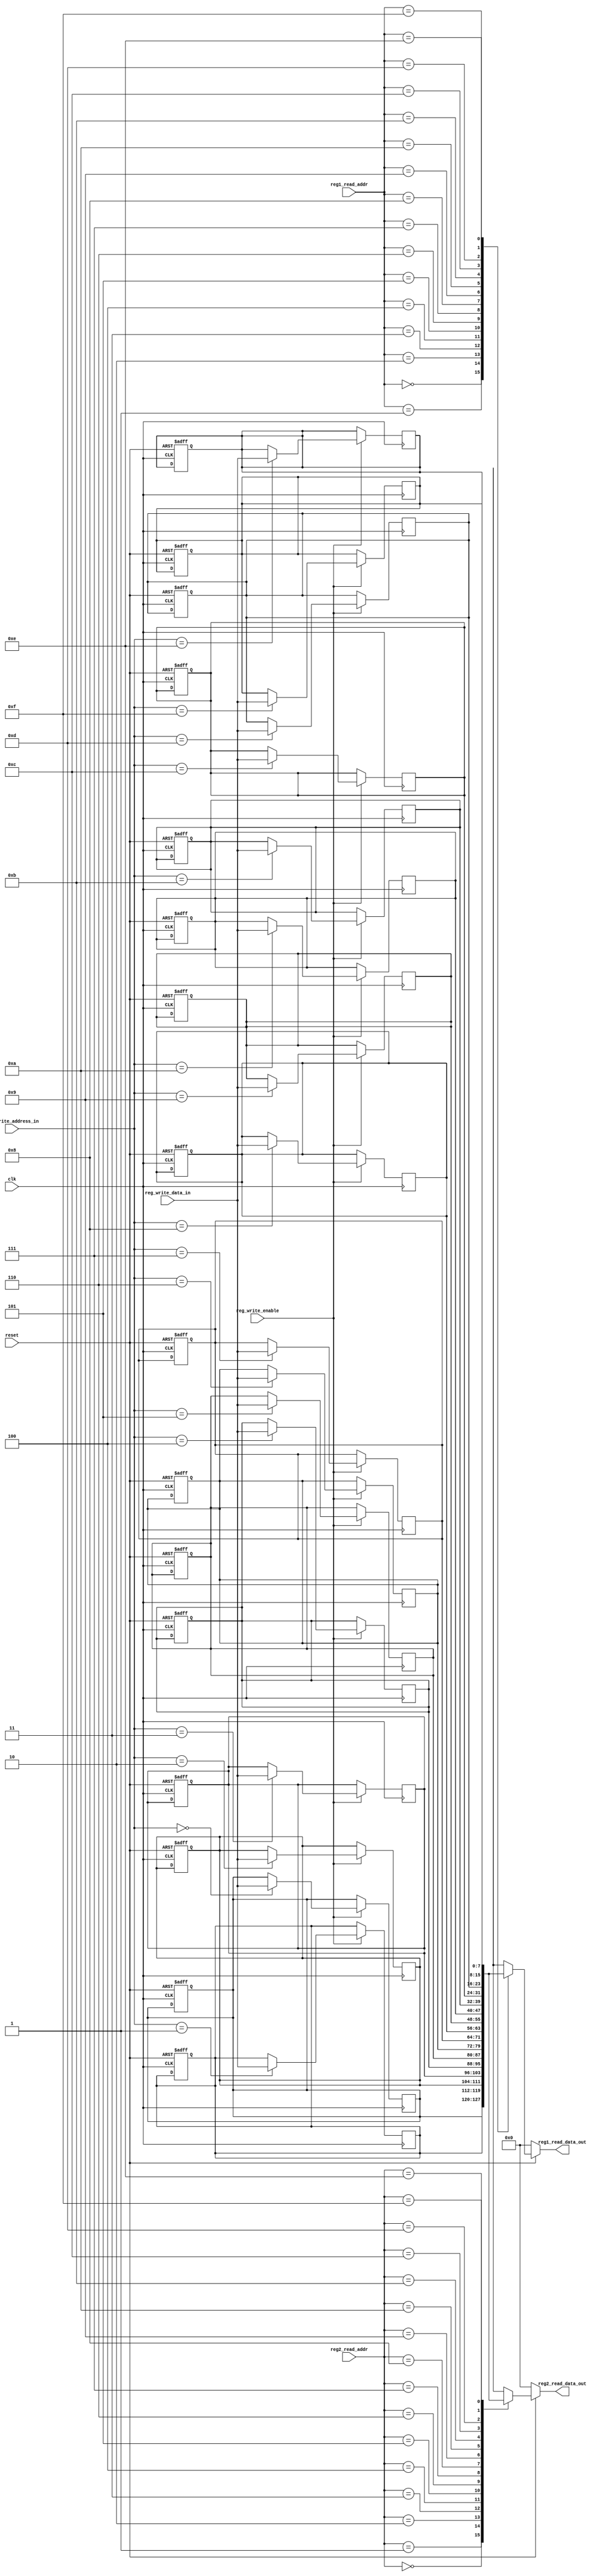
module register_file(
        clk,
        reset,

        // read address
        reg1_read_addr,
        reg2_read_addr,

        // 2 outputs to ALU
        reg1_read_data_out,
        reg2_read_data_out,

        // 1 input from ALU
        reg_write_address_in,
        reg_write_data_in,

        // write enable
        reg_write_enable
    );

    input  clk;
    input  reset;

    input  [3:0] reg1_read_addr; // 4 bits of read address (m = 4)
    input  [3:0] reg2_read_addr; // 4 bits of read address (m = 4)

    input  [3:0] reg_write_address_in; // write address (m = 4)
    input  [7:0] reg_write_data_in; // data to be written ( input)

    input  reg_write_enable;

    output reg [7:0] reg1_read_data_out; // 8 bits of read data (n = 8)
    output reg [7:0] reg2_read_data_out; // 8 bits of read data (n = 8)


    reg [7:0] reg_file [15:0]; // 16 sets of 8bits width register
    integer ii; // loop variable


    /** read operation for reg1 */
    always @(*) begin
        if (!reset)
            reg1_read_data_out <= 8'b0;
        else
            reg1_read_data_out <= reg_file[reg1_read_addr];
    end

    /** read operation for reg2 */
    always @(*) begin
        if (!reset)
            reg2_read_data_out <= 8'b0;
        else
            reg2_read_data_out <= reg_file[reg2_read_addr];
    end


    /** reset operation */
    always @(posedge clk or negedge reset) begin
        if (!reset) begin
            for (ii = 0; ii < 16; ii = ii + 1) begin
                reg_file[ii] <= 8'b0;
            end
        end
        else
            ;
    end



    /** write operation */
    always @(posedge clk) begin
        if (reg_write_enable)
            reg_file[reg_write_address_in] <= reg_write_data_in;
        else
            ;
    end

endmodule